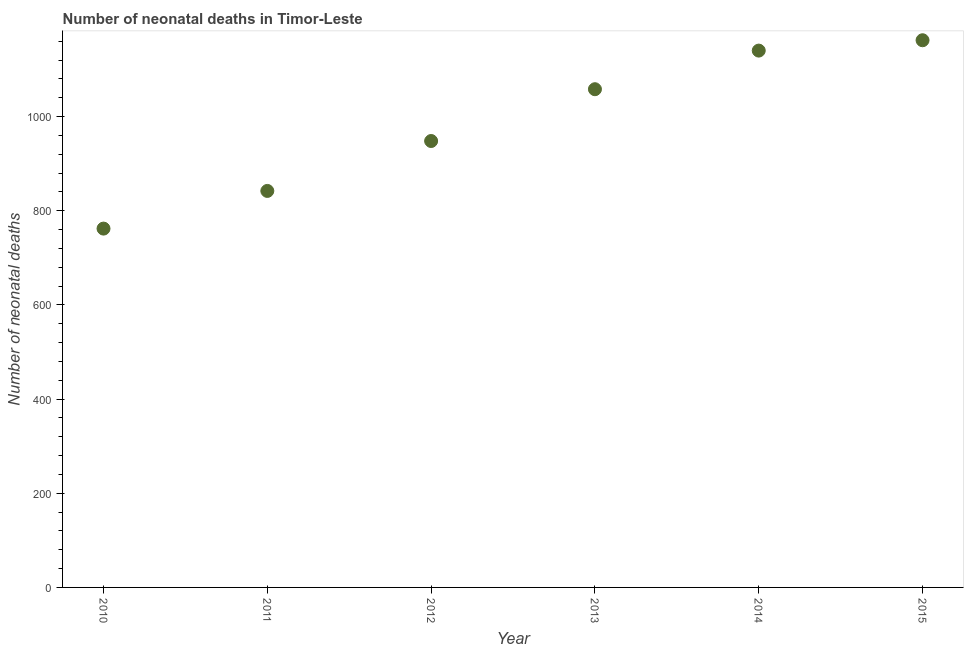
| Year | Neonatal deaths |
 | --- | --- |
 | 2010 | 762 |
 | 2011 | 842 |
 | 2012 | 948 |
 | 2013 | 1.06e+03 |
 | 2014 | 1.14e+03 |
 | 2015 | 1.16e+03 |